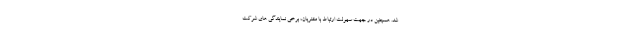
شد. همچنین در جهت سهولت ارتباط با مشتریان، برخی نمایندگی های شرکت